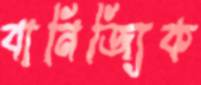
বানিজ্যিক